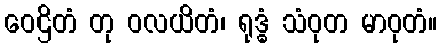
ဝေဌိတံ တု ဝလယိတံ၊ ရုဒ္ဓံ သံဝုတ မာဝုတံ။